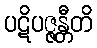
ပဋိပဇ္ဇန္တီတိ